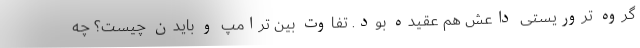
گروه تروریستی داعش هم عقیده بود. تفاوت بین ترامپ و بایدن چیست؟ چه